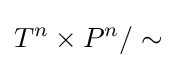
T^{n}\times P^{n}/\sim